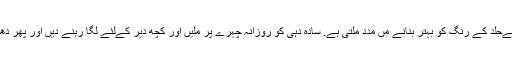
اَس سےجلد کے رنگ کو بہتر بنانے مں مدد ملتی ہے. سادہ دہی کو روزانہ چہرے پر ملیں اور کچھ دیر کےلئے لگا رہنے دیں اور پھر دھو لیں۔